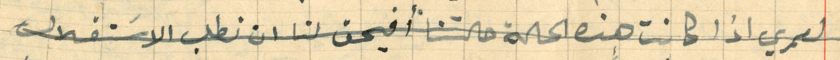
لعمري اذا كانت هذه الحالة حالتنا افيحق لنا ان نطلب الاسَتفلال